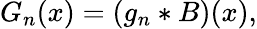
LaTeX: \begin{array}{r}{G_{n}(x)=(g_{n}*B)(x),}\end{array}